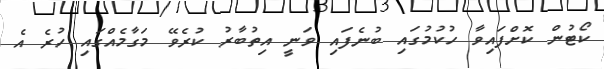
ކޯޓުން ކޮށްފައިވާ ހުކުމުގައި ބުނެފައި ވަނީ އިތުބާރު ކުރެވޭ މަގާމެއްގައި ހުރެ އެ